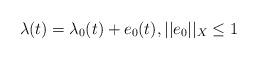
LaTeX: \begin{align*} \lambda(t) = \lambda_{0}(t) + e_{0}(t), ||e_{0}||_{X} \leq 1\end{align*}